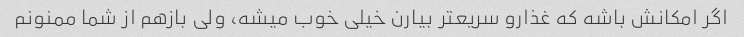
اگر امکانش باشه که غذارو سریعتر بیارن خیلی خوب میشه، ولی بازهم از شما ممنونم